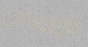
موريس